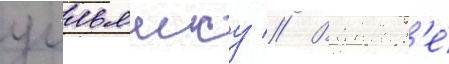
уильямсу // В январ'е́